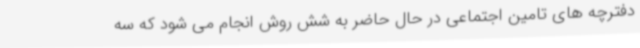
دفترچه های تامین اجتماعی در حال حاضر به شش روش انجام می شود که سه